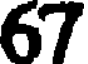
67